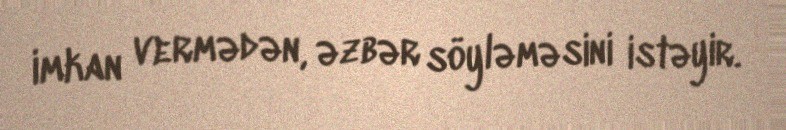
imkan vermədən, əzbər söyləməsini istəyir.